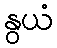
နွယံ